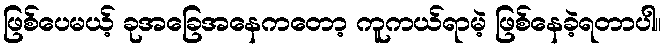
ဖြစ်ပေမယ့် ခုအခြေအနေကတော့ ကူကယ်ရာမဲ့ ဖြစ်နေခဲ့ရတာပါ။